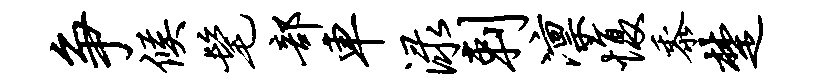
争候髦部车渌剌凛愎黍楚